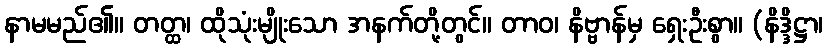
နာမမည်၏။ တတ္ထ၊ ထိုသုံးမျိုးသော အနက်တို့တွင်။ တာဝ၊ နိဗ္ဗာန်မှ ရှေးဦးစွာ။ (နိဒ္ဒိဋ္ဌာ၊